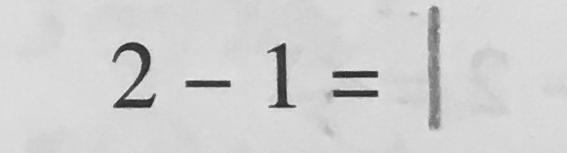
2 - 1 = 1